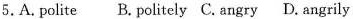
5.A. polite B. politely C. angry D. angrily